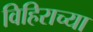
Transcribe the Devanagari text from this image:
विहिराच्या